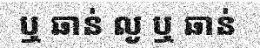
ឬ ឆាន់ ល្ង ឬ ឆាន់